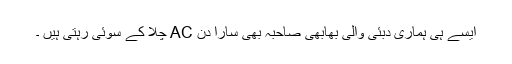
ایسے ہی ہماری دبئی والی بھابھی صاحبہ بھی سارا دن AC چلا کے سوئی رہتی ہیں ۔